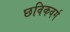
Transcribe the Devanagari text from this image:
छविकवर्ग